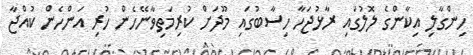
ހިންގާލި އިކާންގެ ލޮލުގައި ރާޅުޖަހާ ހިސާބުގައި މޫދަށް ކުރިމަތިވާނޭހެން ހުރި އަންހެން ކުއްޖާ